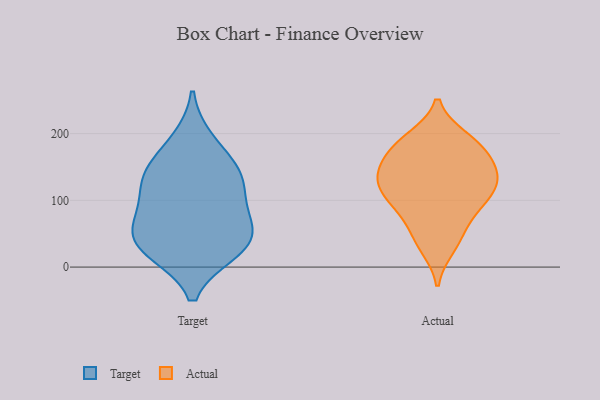
{"axis": {"x": "Population (Million)", "y": "Value"}, "legend": ["Actual", "Target"], "data": [{"x": "", "y": 124, "type": "Target"}, {"x": "", "y": 27, "type": "Target"}, {"x": "", "y": 57, "type": "Target"}, {"x": "", "y": 142, "type": "Target"}, {"x": "", "y": 115, "type": "Target"}, {"x": "", "y": 31, "type": "Target"}, {"x": "", "y": 149, "type": "Target"}, {"x": "", "y": 77, "type": "Target"}, {"x": "", "y": 24, "type": "Target"}, {"x": "", "y": 59, "type": "Target"}, {"x": "", "y": 189, "type": "Target"}, {"x": "", "y": 166, "type": "Actual"}, {"x": "", "y": 122, "type": "Actual"}, {"x": "", "y": 193, "type": "Actual"}, {"x": "", "y": 182, "type": "Actual"}, {"x": "", "y": 127, "type": "Actual"}, {"x": "", "y": 92, "type": "Actual"}, {"x": "", "y": 133, "type": "Actual"}, {"x": "", "y": 86, "type": "Actual"}, {"x": "", "y": 139, "type": "Actual"}, {"x": "", "y": 55, "type": "Actual"}, {"x": "", "y": 130, "type": "Actual"}, {"x": "", "y": 39, "type": "Actual"}, {"x": "", "y": 193, "type": "Actual"}, {"x": "", "y": 162, "type": "Actual"}, {"x": "", "y": 94, "type": "Actual"}, {"x": "", "y": 102, "type": "Actual"}, {"x": "", "y": 137, "type": "Actual"}, {"x": "", "y": 30, "type": "Actual"}, {"x": "", "y": 176, "type": "Actual"}]}